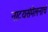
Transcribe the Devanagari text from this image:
नाटयसंमेलनाचं